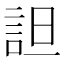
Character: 詚